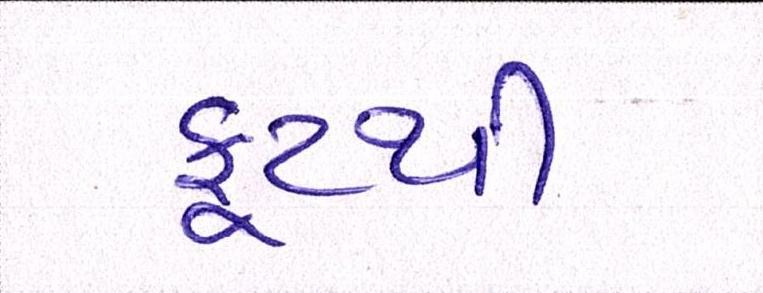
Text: ફૂટથી